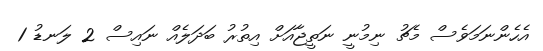
އެހެންނަމަވެސް މެޗު ނިމުނީ ނަތީޖާއަށް އިތުރު ބަދަލެއް ނައިސް 2 ލަނޑު 1